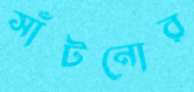
সাঁটনোর